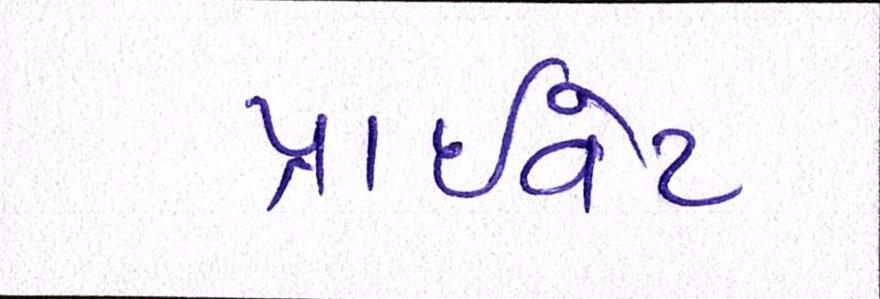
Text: પ્રાઈવેટ